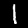
Label: 1